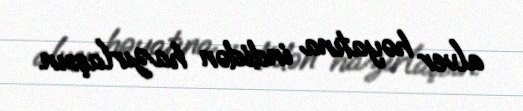
alver həyatına indidən hazırlaşsın.